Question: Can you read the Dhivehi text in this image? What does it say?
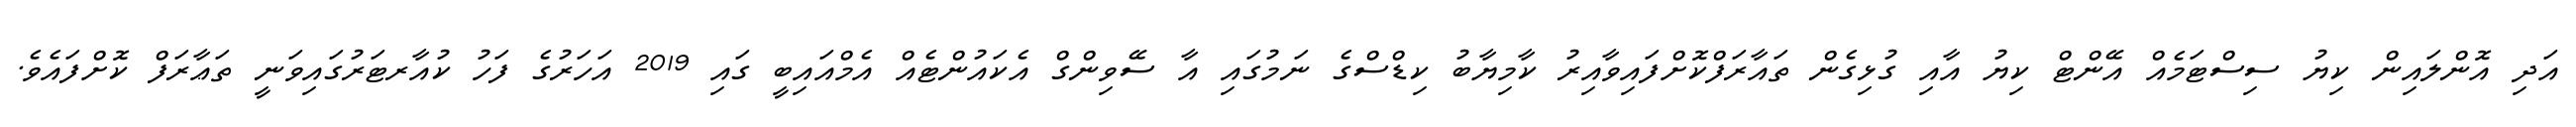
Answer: އަދި އޮންލައިން ކިޔު ސިސްޓަމެއް އޭންޓް ކިޔު އާއި ގުޅިގެން ތައާރަފްކޮށްފައިވާއިރު ކާމިޔާބު ކިޑްސްގެ ނަމުގައި އާ ސޭވިންގް އެކައުންޓެއް އެމްއައިބީ ގައި 2019 އަހަރުގެ ފަހު ކުއާރޓަރުގައިވަނީ ތަޢާރަފް ކޮށްފައެވެ.